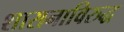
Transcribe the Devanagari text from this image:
शासनाविरुद्ध